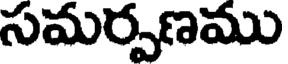
సమర్పణము